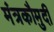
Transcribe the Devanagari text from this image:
मंत्रकौमुदी